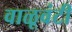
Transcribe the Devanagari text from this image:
वाळूवंटी